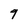
Character: 9